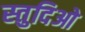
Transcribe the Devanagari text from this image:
स्तुदिओ